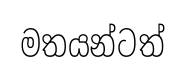
මතයන්ටත්